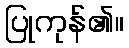
ပြုကုန်၏။